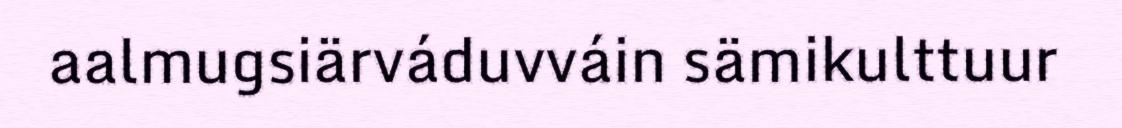
aalmugsiärváduvváin sämikulttuur